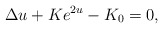
\begin{align*}\Delta u+Ke^{2u}-K_0=0,\end{align*}